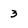
Character: 3